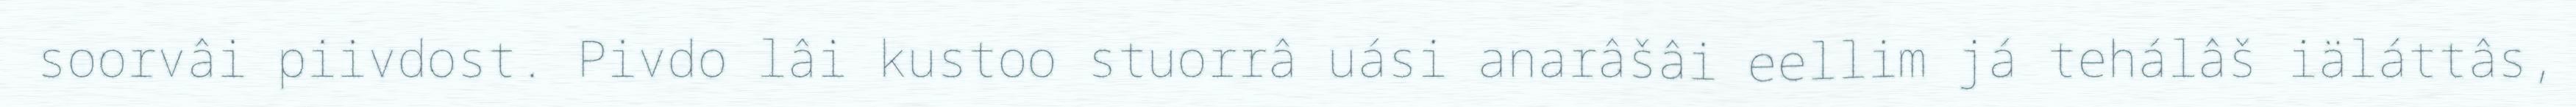
soorvâi piivdost. Pivdo lâi kustoo stuorrâ uási anarâšâi eellim já tehálâš iäláttâs,